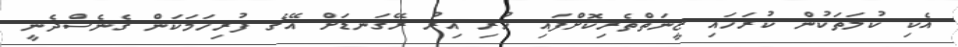
އެކި ކުލަތަކުން ކުރަހައި ޒީނަތްތެރިކޮށްފައި ހުރި އިރު ރޭގަނޑަށް އޭގެ ފުރިހަމަކަން ގެނެސްދެނީ